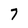
Character: 7